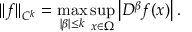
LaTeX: \| f \| _ { C ^ { k } } = \operatorname* { m a x } _ { | \beta | \leq k } \operatorname* { s u p } _ { x \in \Omega } \left| D ^ { \beta } f ( x ) \right| .